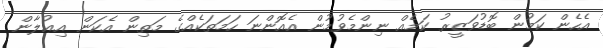
އެހެން ކަމުން ބޮޑުވަޒީރު ކަމެއް ނިންމެވުމުން އެއޮންނަ ހަމަތަކެއްގެ މަތިން އެކަން އިޢުލާން